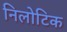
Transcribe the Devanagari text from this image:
निलोटिक